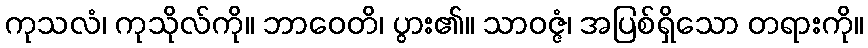
ကုသလံ၊ ကုသိုလ်ကို။ ဘာဝေတိ၊ ပွား၏။ သာဝဇ္ဇံ၊ အပြစ်ရှိသော တရားကို။